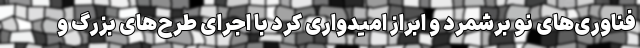
فناوری‌های نو برشمرد و ابراز امیدواری کرد با اجرای طرح‌های بزرگ و